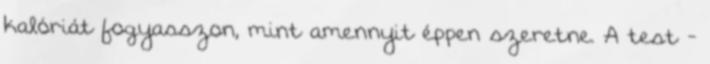
kalóriát fogyasszon, mint amennyit éppen szeretne. A test -